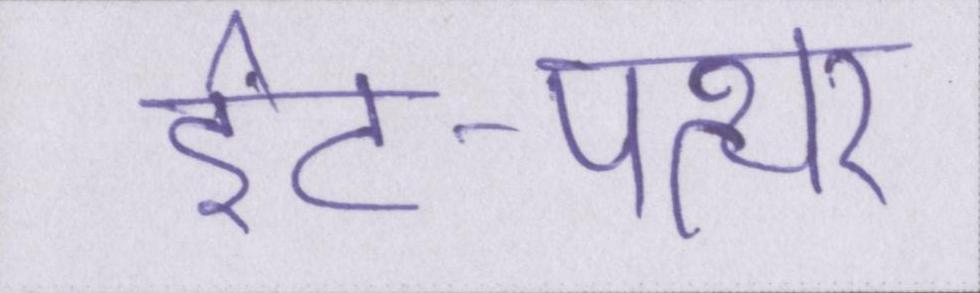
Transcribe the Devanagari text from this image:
ईंट-पत्थर